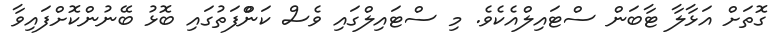
ގޮތަށް އަޅާލާ ޓާބަން ސްޓައިލްއެކެވެ. މި ސްޓައިލްގައި ވެސް ކަންްފަތުގައި ބޮޅު ބޭނުންކޮށްފައިވާ